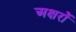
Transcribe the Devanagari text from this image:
अक्षरोें